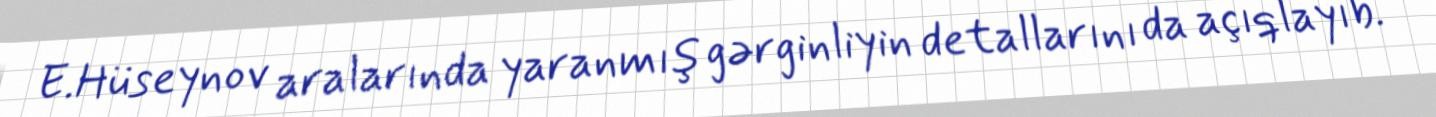
E.Hüseynov aralarında yaranmış gərginliyin detallarını da açıqlayıb.